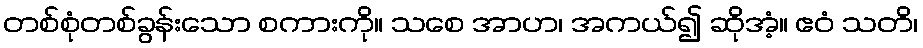
တစ်စုံတစ်ခွန်းသော စကားကို။ သစေ အာဟ၊ အကယ်၍ ဆိုအံ့။ ဧဝံ သတိ၊